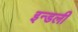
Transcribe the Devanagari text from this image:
इन्डली